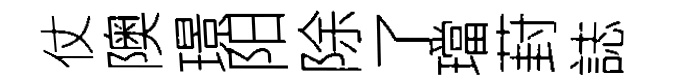
仗隩璟阳除了璫葑誌